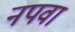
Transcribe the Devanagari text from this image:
नपवा